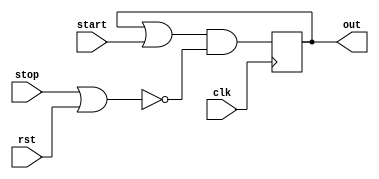
module holdsignal(
         start,stop,out,rst,clk);
  input start,stop,rst,clk;
  output reg out = 1'b0;
  
  always @(posedge clk)
  begin
    out <= (out || start) && !(stop || rst);
  end
endmodule